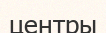
центры